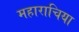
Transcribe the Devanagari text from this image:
महाराचिया